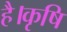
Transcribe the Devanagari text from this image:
है।कृषि